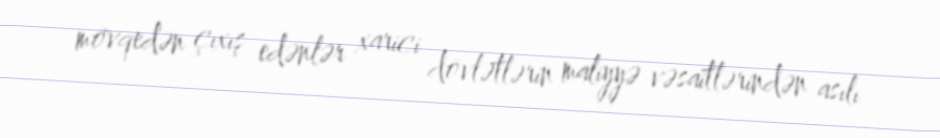
mövqedən çıxış edənlər xarici dövlətlərin maliyyə vəsaitlərindən asılı